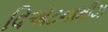
વિએટનામીઝ